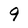
Character: 9